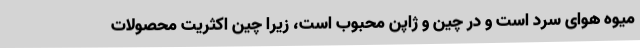
میوه هوای سرد است و در چین و ژاپن محبوب است، زیرا چین اکثریت محصولات